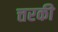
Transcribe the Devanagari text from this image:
त्तरकी